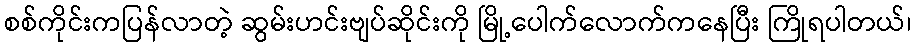
စစ်ကိုင်းကပြန်လာတဲ့ ဆွမ်းဟင်းဗျပ်ဆိုင်းကို မြို့ပေါက်လောက်ကနေပြီး ကြိုရပါတယ်၊